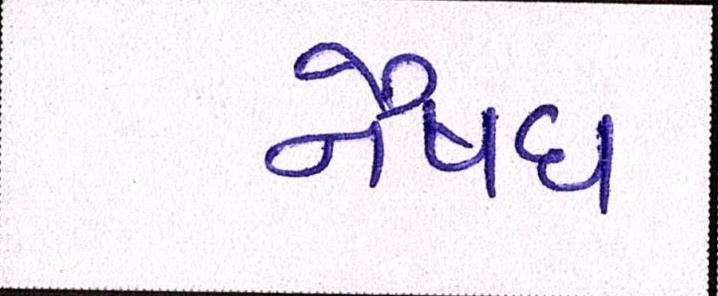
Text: નૈષધ